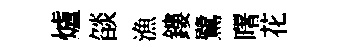
爐燄漁鏤鷺曙花